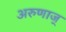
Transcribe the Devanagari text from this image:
अरुणाज्